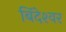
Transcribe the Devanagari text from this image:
बिंदेश्‍वर